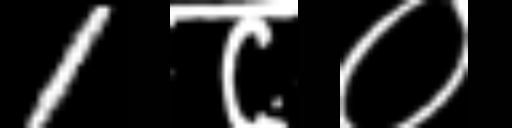
Text: 1८०